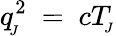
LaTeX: q_{\! _{J}}^{2}\ =\ cT_{\! _{J}}